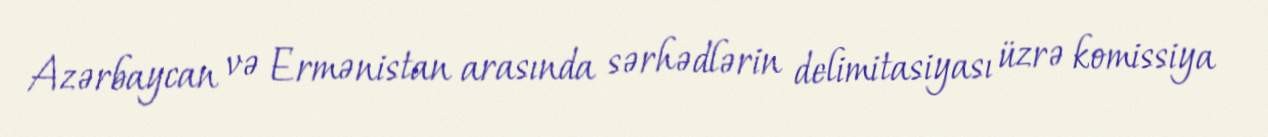
Azərbaycan və Ermənistan arasında sərhədlərin delimitasiyası üzrə komissiya